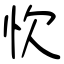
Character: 忺